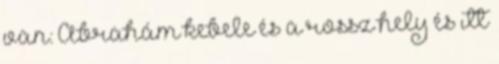
van: Ábrahám kebele és a rossz hely és itt